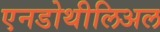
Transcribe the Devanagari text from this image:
एनडोथीलिअल